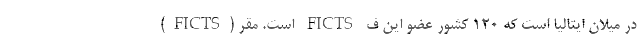
(FICTS) است. مقر FICTS در میلان ایتالیا است که 120 کشور عضو این ف